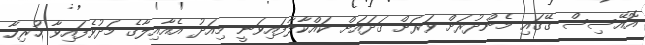
އޮއޭސިސް ގޭގައި މެންދުރަށް ވަރަށް ގަދައަށް ކައްކާލާފައިވަނީ މިއަދު އެއާއިލާގެ މަދުވެފައިވާ ހުރިހާ